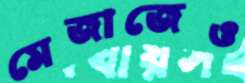
মেজাজেও